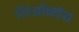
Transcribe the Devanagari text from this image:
जिओफ्रॉय